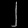
Digit: ၂